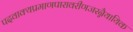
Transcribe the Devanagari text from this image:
पदवाक्यप्रमाणपारावरीणजरन्नैयायिक